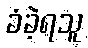
ခံခဲ့ရသူ